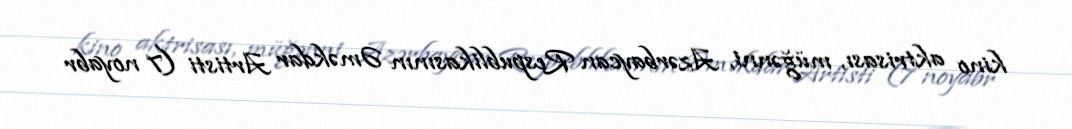
kino aktrisası, müğənni, Azərbaycan Respublikasının Əməkdar Artisti (7 noyabr